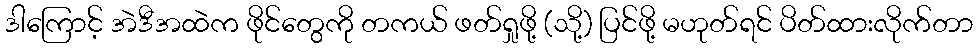
ဒါကြောင့် အဲဒီအထဲက ဖိုင်တွေကို တကယ် ဖတ်ရှုဖို့ (သို့) ပြင်ဖို့ မဟုတ်ရင် ပိတ်ထားလိုက်တာ